King Institute of Preventive Medicine Micro-Biological Section reports 1909-11
Year: 1909
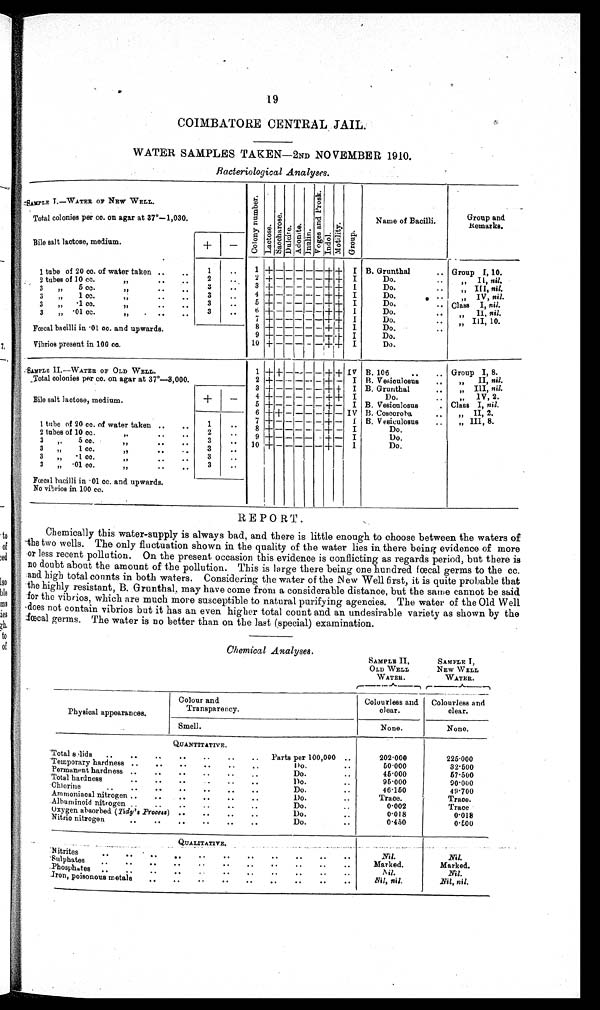
19
6
COIMBATORE CENTRAL JAIL.
WATER SAMPLES TAKEN-2ND NOVEMBER 1910.
Bacteriological Analyses.
SAMPLE I.—WATER OP NEW WELL.
Total colonies per cc. on agar at 37°-1,030
Col ony number .
L a c t o s e .
S a c c h a r o s e .
Dulcite.
Adonite.
I n u l i n .
Name of Bacilli.
44
0
...
Group and
Remarks
Bile salt lactose, medium.
2
0
U ,4
48 2) )
cd r. n-t4
-- , o
-t4
-,-;
g t.. 1.:4v,
bo .,: -,-,
,
, ,.,
0
.
1 tube of 20 co. of water taken ..
..
2 tubes of 10 cc...
..
II
1
2
..
1
2
+
± - - -
-1- --I-
--- + +
I B. Grunthal
I
Do.
Do.
..
..
Group 1, 10.
„
Il, nil.
3
„
5 COO
..
..
3
0
1 CC.
..
..
,,
3
„
-1 cc.
. .
..
,,
3
3
3
..
..
..
3
4
5
-1- --
+ -
-I- -
- -
- -
-
- -+ +
- + -I-
- - + +
I
I
Do.
I
Do.
I
Do
cr,
..
. -
. .
HI,
„
nil.
„
IV, nil.
Class I, nil.
nil.
3
„ -01 cc.
3
..
6
7
+ -
-F -
- -
- -
-,- + +
- - 4- -I-
I
Do
..
..
. .
10
, )
, 10.
Fcecal bacilli in -01 oc. and upwards.
8
9
+ -
-1- -
- --
- -
- - + +
- - -1- - I-
I
Do.
I
Do.
. '
Vibrios present in 100 cc.
10 + - - - - - + + I
Do.
SAMPLE II.—WATER OF OLD WELL.
1 + +- — -- — — + --1– IV B. 106
..
.. Group I, 8.
_Total colonies per co. on agar at 37°-3,000.
2
3
-1- -
+
--
- - -
-- - +
- - + +
- I B. Ve.ioulosus
I B. Grunthal
..
..
„
II, nil.
It
DI, nil.
+
-
Bile salt lactose, medium.
4
5
+ -
± -
- -
-
- - + +
- - - + -
I
Do.
I B. Vesicnlosus
.
I
2.
II
V, 2
Class I, nil.
6 + + - - - - + - IV B. Coscoroha
. .
), II , 2.
7 -1- - - - - - -I- -
f B. V esiculosus
..
„ III, 8.
1 tube of 20 cc. of water taken ..
..
2 tubes of 10 cc.
. .
..
,'
3
,,
5 co.
,,
. .
. .
1
2
3
..
' . .
.
8
9
10
+ -
+
+
-
- - -
- - -
- - -1- _
--+ --
- - -I- -
I
I
I
Do.
D.
Do.
3
„
1 cc.,,..
- .
3
„
. 1 co,..
..
3
.
. ' ,
3
„
.01 cc.
II "
. .
p ostal bacilli in .01 cc. and upwards.
3
..
No vibrios in 100 cc.
REPORT'.
Chemically this water-supply is always bad, and there is little enough to choose between the waters of
-the two wells. The only fluctuation shown in the quality of the water lies in there being evidence of more
or less recent pollution. On the present occasion this evidence is conflicting as regards period, but there is
ti no doubt about the amount of the pollution. This is large there being one hundred faecal germs to the cc.
.and high total counts in both waters. Considering the water of the New Well first, it is quite probable that
the highly resistant, B. Grunthal, may have come from a considerable distance, but the same cannot be said.
for the vibrios, which are much more susceptible to natural purifying agencies. The water of the Old Well
Aloes not contain vibrios but it has an even higher total count and an undesirable variety as shown by the
fecal germs. The water is no better than on the last (special) examination.
of
Is
bit
ms
ies
;h.
to
of
Chemical Analyses.
SAMPLE II,
SAMPLE 1,
NEW WELL
OLD WELL
WATER.
WATER.
Physical appearances.
Colour and
Transparency.
Colourless and
clear.
Colourless and
clear.
Smell.
None.
None.
QUANTITATIVE.
'Total s lids
..
..
Parts per 100,000
202.000
225.000
Temporary hardness ..
..
.
I)o.
50.000
32-500
Permanent hardness ..
..
..
Do.
45.000
57.500
Total hardness
..
..
Do.
95.000
90'000
Chlorine
. . . .
Ammoniacal nitrogen ..
. .
.
. .
'
.
Do.
1)o.
46.150
Trace.
49'700
Traoe.
Alburninoid nitrogen . ..
Do.
0-002
Trace
Oxygen absorbed (Tidy's _Proms) . .
1)o.
0.018
0-018
Nitric nitrogen
. .
..
Do.
0.450
0.000
QUALITATIVE.
N itrites
..
..
..
..
-Sulphates
. .
Phosph.,.tes ..
. .
Iron, poisonous metals
..
Marked.
1111, nil.
Nil.
Marked.
Nil, nil.
• ..
..